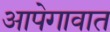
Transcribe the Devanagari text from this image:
आपेगावात